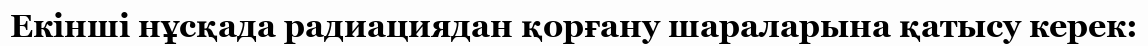
Екінші нұсқада радиациядан қорғану шараларына қатысу керек: